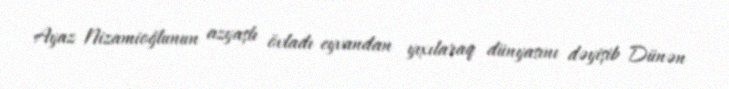
Ayaz Nizamioğlunun azyaşlı övladı eyvandan yıxılaraq dünyasını dəyişib Dünən